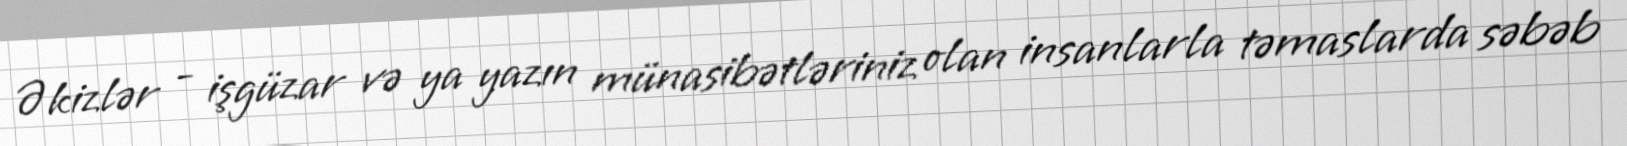
Əkizlər - işgüzar və ya yazın münasibətləriniz olan insanlarla təmaslarda səbəb